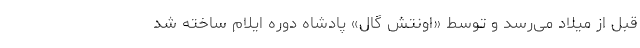
قبل از میلاد می‌رسد و توسط «اونتش گال» پادشاه دوره ایلام ساخته شد